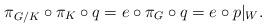
LaTeX: \begin{gather*} \pi_{G/K} \circ \pi_K \circ q = e \circ \pi_G \circ q = e \circ p|_W.\end{gather*}